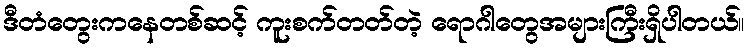
ဒီတံတွေးကနေတစ်ဆင့် ကူးစက်တတ်တဲ့ ရောဂါတွေအများကြီးရှိပါတယ်။